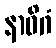
နာဓိဂံ